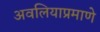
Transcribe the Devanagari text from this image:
अवलियाप्रमाणे